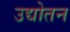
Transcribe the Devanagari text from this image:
उद्योतन